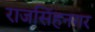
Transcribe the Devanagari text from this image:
राजसिंहनगर